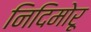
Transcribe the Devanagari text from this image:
निदिमोरू